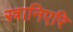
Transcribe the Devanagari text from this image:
स्त्रानिएरि